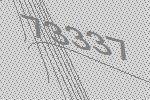
73337